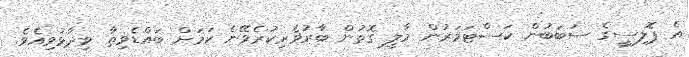
އެ ޕޮލިސީގެ ސަބަބުން ކަސްޓަމަރުން މާލީ ގޮތުން ބާރުވެރިކުރެވޭނެ ކަަމަށް ބައްޑެވިތާ ވިދާޅުވިއެވެ.